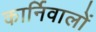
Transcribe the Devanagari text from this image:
कार्निवालों